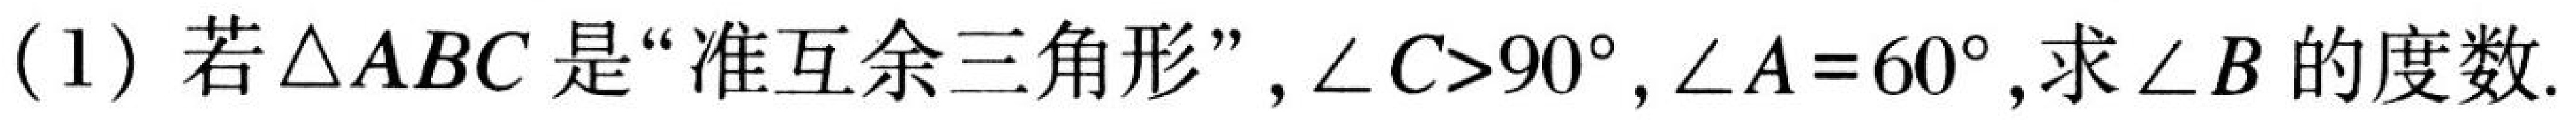
(1) 若$\triangle ABC$是“准互余三角形”，$\angle C>90^{\circ}$，$\angle A = 60^{\circ}$，求$\angle B$的度数.